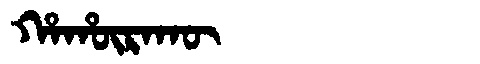
Manchu: ᡥᠠᡥᡡᡵᠠᡴᡡ
Romanization: HAHŪRAKŪ